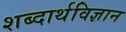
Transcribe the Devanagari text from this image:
शब्दार्थविज्ञान